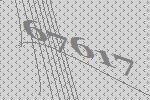
67617